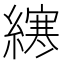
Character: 𫟂